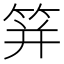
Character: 䈂